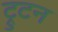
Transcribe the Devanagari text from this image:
ट्रुटन